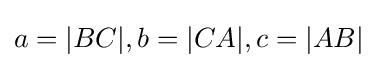
a=|BC|,b=|CA|,c=|AB|